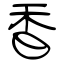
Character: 香